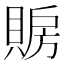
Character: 𲂱